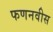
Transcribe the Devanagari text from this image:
फणनवीस